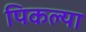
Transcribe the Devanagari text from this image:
पिकल्या